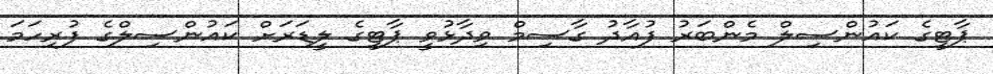
ޕާޓީގެ ކައުންސިލް މެންބަރު ފުއާދު ގާސިމް ވިދާޅުވީ ޕާޓީގެ ލީޑަރަށް ކައުންސިލްގެ ފުރިހަމަ